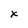
Character: x